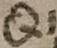
Text: Q1